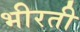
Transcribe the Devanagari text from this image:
भीरती